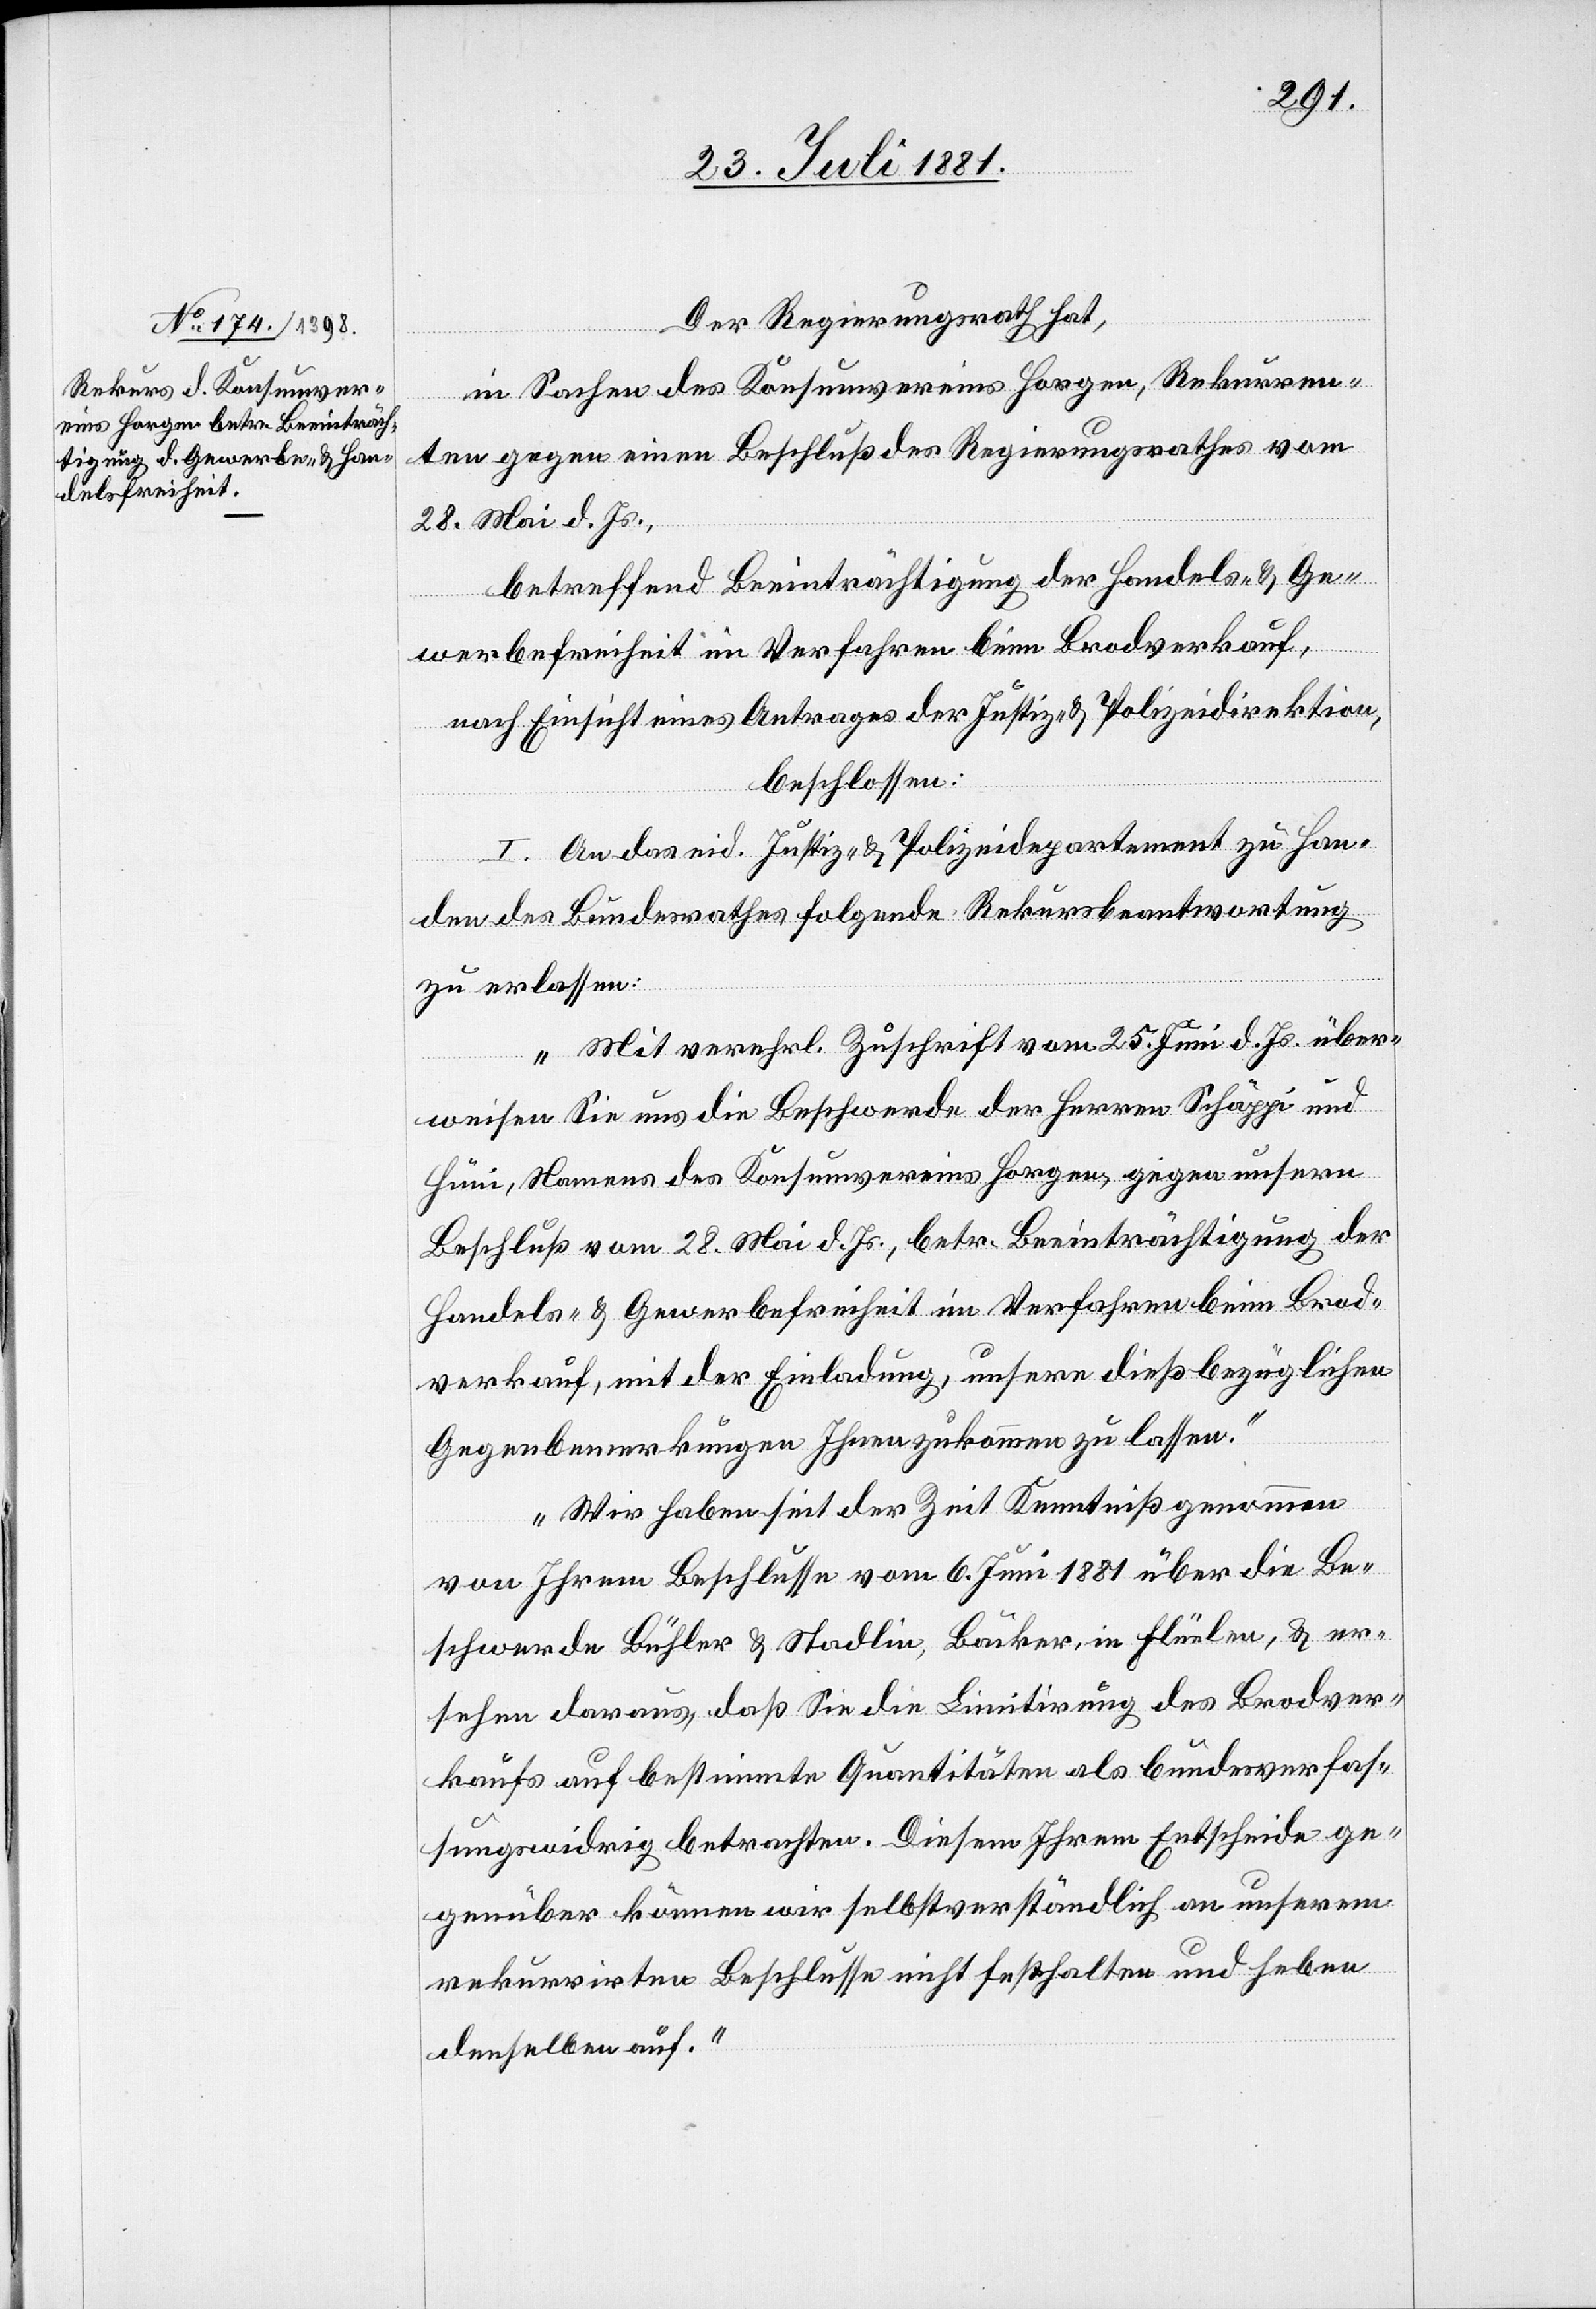
Der Regierungsrath hat,
in Sachen des Konsumvereins Horgen, Rekurren¬
ten gegen einen Beschluß des Regierungsrathes vom
28. Mai d. Js.,
betreffend Beeinträchtigung der Handels- & Ge¬
werbefreiheit im Verfahren beim Brodverkauf,
nach Einsicht eines Antrages der Justiz- & Polizeidirektion,
beschlossen:
I. An das eid. Justiz- & Polizeidepartement zu Han¬
den des Bundesrathes folgende Rekursbeantwortung
zu erlassen:
„Mit verehrl. Zuschrift vom 25. Juni d. Js. über¬
weisen Sie uns die Beschwerde der Herren Schäppi und
Hüni, Namens des Konsumvereins Horgen, gegen unsern
Beschluß vom 28. Mai d. Js., betr. Beeinträchtigung der
Handels- & Gewerbefreiheit im Verfahren beim Brod¬
verkauf, mit der Einladung, unsere dießbezüglichen
Gegenbemerkungen Ihnen zukommen zu lassen.
Wir haben seit der Zeit Kenntniß genommen
von Ihrem Beschlusse vom 6. Juni 1881 über die Be¬
schwerde Bühler & Stadlin, Bäcker, in Flüelen, & er¬
sehen daraus, daß Sie die Limitirung des Brodver¬
kaufs auf bestimmte Quantitäten als bundesverfas¬
sungswidrig betrachten. Diesem Ihrem Entscheide ge¬
genüber können wir selbstverständlich an unserem
rekurrirten Beschlusse nicht festhalten und heben
denselben auf.“